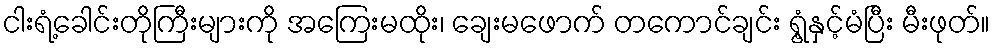
ငါးရံ့ခေါင်းတိုကြီးများကို အကြေးမထိုး၊ ချေးမဖောက် တကောင်ချင်း ရွံ့နှင့်မံပြီး မီးဖုတ်။